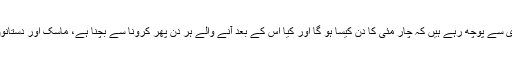
وہ پیچھے بیٹھی ہوئی سواری سے پوچھ رہے ہیں کہ چار مئی کا دن کیسا ہو گا اور کیا اس کے بعد آنے والے ہر دن پھر کرونا سے بچنا ہے، ماسک اور دستانوں کا کس قدر ساتھ رہے گا؟